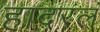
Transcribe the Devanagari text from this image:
हादरलं